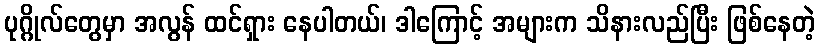
ပုဂ္ဂိုလ်တွေမှာ အလွန် ထင်ရှား နေပါတယ်၊ ဒါကြောင့် အများက သိနားလည်ပြီး ဖြစ်နေတဲ့